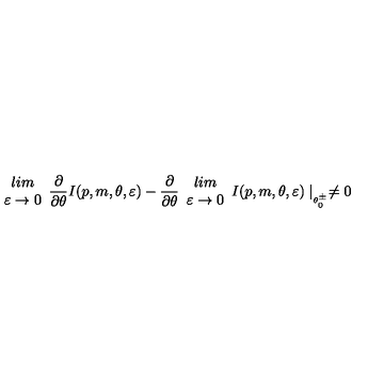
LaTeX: \begin{array} { c } { l i m } \\ { \varepsilon \rightarrow 0 } \\ \end{array} \frac { \partial } { \partial \theta } I ( p , m , \theta , \varepsilon ) - \frac { \partial } { \partial \theta } \begin{array} { c } { l i m } \\ { \varepsilon \rightarrow 0 } \\ \end{array} I ( p , m , \theta , \varepsilon ) \mid _ { _ { \theta _ { 0 } ^ { \pm } } } \neq 0